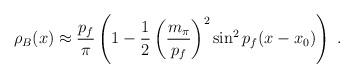
LaTeX: \begin{align*}\rho_B(x) \approx \frac{p_f}{\pi} \left( 1-\frac{1}{2} \left( \frac{m_{\pi}}{p_f}\right)^2 \sin^2p_f(x-x_0)\right) \ .\end{align*}